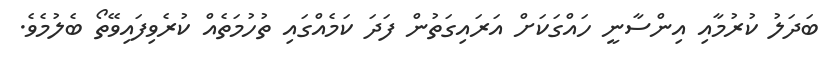
ބަދަލު ކުރުމާއި އިންސާނީ ހައްގަކަށް އަރައިގަތުން ފަދަ ކަމެއްގައި ތުހުމަތެއް ކުރެވިފައިވޭތޯ ބެލުމެވެ.